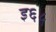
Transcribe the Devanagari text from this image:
इ६५